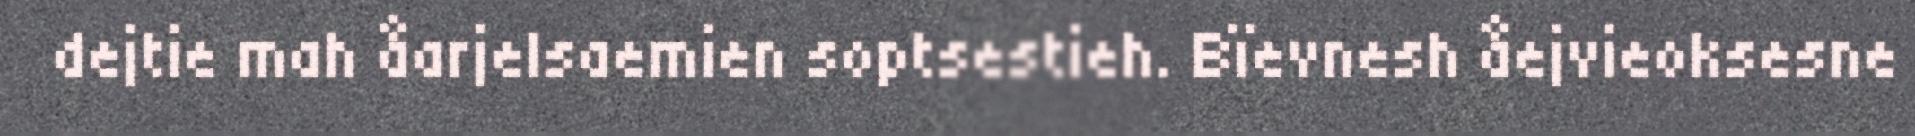
dejtie mah åarjelsaemien soptsestieh. Bïevnesh åejvieoksesne